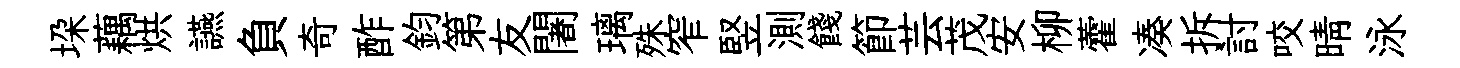
垜藕烘讌負奇酢鈞第友闍璃殊窄竪測餞節芸茂安柳藿凑拆討咬晴泳